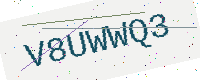
Text: V8UWWQ3